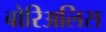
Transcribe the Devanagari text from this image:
बोरिअलिस